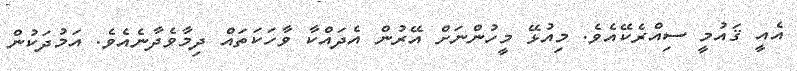
އެއީ ޤައުމީ ސިއްރެކޭއެވެ. މިއުޅޭ މީހުންނަށް އޭރުން އެދައްކާ ވާހަކަތައް ދިމާވެދާނެއެވެ. އަމުދަކުން